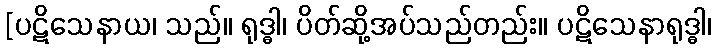
[ပဋိသေနာယ၊ သည်။ ရုဒ္ဓါ၊ ပိတ်ဆို့အပ်သည်တည်း။ ပဋိသေနာရုဒ္ဓါ၊